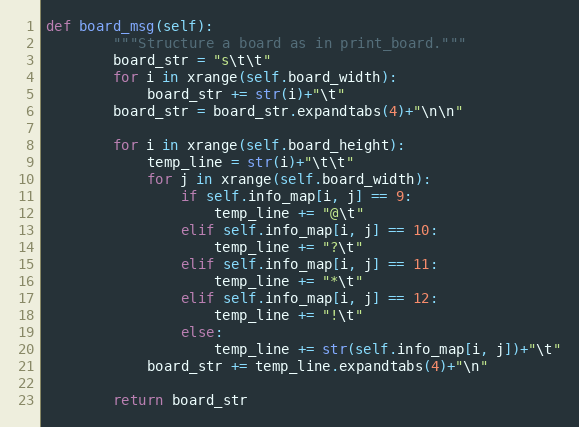
Language: Python
def board_msg(self):
        """Structure a board as in print_board."""
        board_str = "s\t\t"
        for i in xrange(self.board_width):
            board_str += str(i)+"\t"
        board_str = board_str.expandtabs(4)+"\n\n"

        for i in xrange(self.board_height):
            temp_line = str(i)+"\t\t"
            for j in xrange(self.board_width):
                if self.info_map[i, j] == 9:
                    temp_line += "@\t"
                elif self.info_map[i, j] == 10:
                    temp_line += "?\t"
                elif self.info_map[i, j] == 11:
                    temp_line += "*\t"
                elif self.info_map[i, j] == 12:
                    temp_line += "!\t"
                else:
                    temp_line += str(self.info_map[i, j])+"\t"
            board_str += temp_line.expandtabs(4)+"\n"

        return board_str